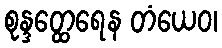
စုန္ဒတ္ထေရေန တံယေဝ၊